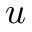
u